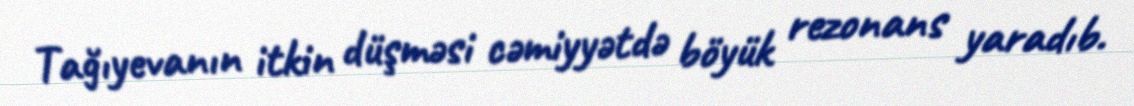
Tağıyevanın itkin düşməsi cəmiyyətdə böyük rezonans yaradıb.